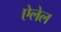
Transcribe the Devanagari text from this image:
ऐलेल